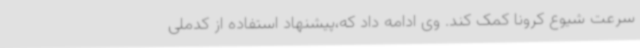
سرعت شیوع کرونا کمک کند. وی ادامه داد که،پیشنهاد استفاده از کدملی